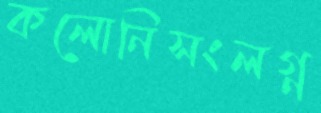
কলোনিসংলগ্ন